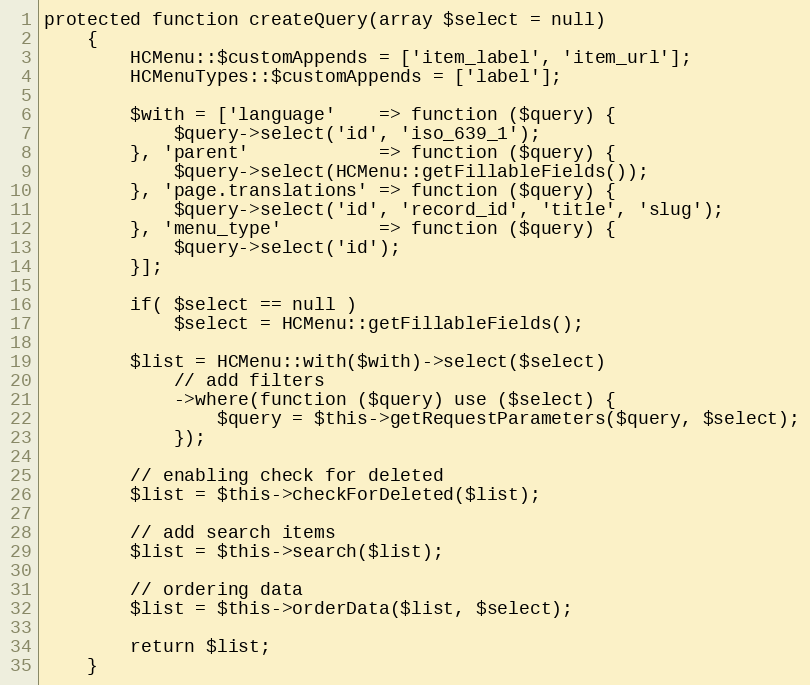
Language: PHP
protected function createQuery(array $select = null)
    {
        HCMenu::$customAppends = ['item_label', 'item_url'];
        HCMenuTypes::$customAppends = ['label'];

        $with = ['language'    => function ($query) {
            $query->select('id', 'iso_639_1');
        }, 'parent'            => function ($query) {
            $query->select(HCMenu::getFillableFields());
        }, 'page.translations' => function ($query) {
            $query->select('id', 'record_id', 'title', 'slug');
        }, 'menu_type'         => function ($query) {
            $query->select('id');
        }];

        if( $select == null )
            $select = HCMenu::getFillableFields();

        $list = HCMenu::with($with)->select($select)
            // add filters
            ->where(function ($query) use ($select) {
                $query = $this->getRequestParameters($query, $select);
            });

        // enabling check for deleted
        $list = $this->checkForDeleted($list);

        // add search items
        $list = $this->search($list);

        // ordering data
        $list = $this->orderData($list, $select);

        return $list;
    }